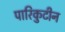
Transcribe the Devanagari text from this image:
पारिकुटीन